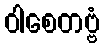
ဝါစေတဗ္ဗံ